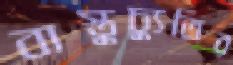
বাস্তুচ্যুতির